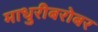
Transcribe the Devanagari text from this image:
माधुरीबरोबर